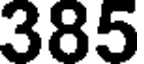
385